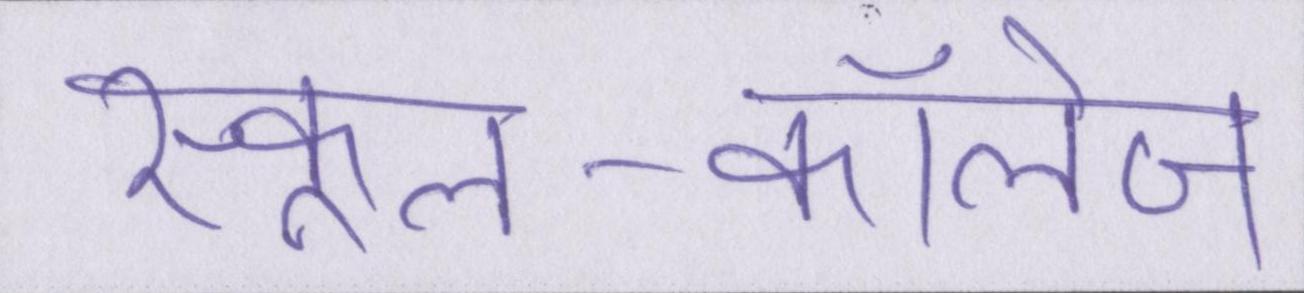
स्कूल-कॉलेज